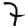
Digit: 7